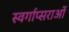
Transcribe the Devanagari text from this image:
स्वर्गाप्सराओं